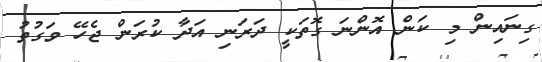
ގިނައިން މި ކަން އޮންނަ ގޮތަކީ ދަރަނި އަދާ ކުރަން ޖެހޭ ވަގުތު